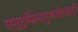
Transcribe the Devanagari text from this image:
समुद्रकिनार्‍याशेजारी